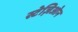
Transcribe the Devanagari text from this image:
स्टेज़िओन